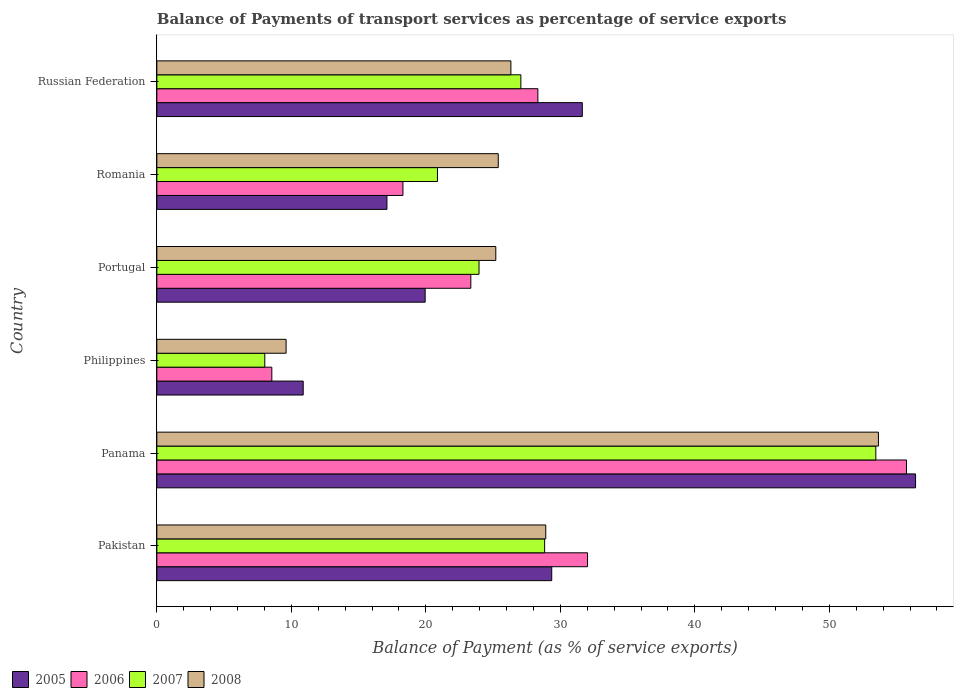
| Country | 2005 | 2006 | 2007 | 2008 |
 | --- | --- | --- | --- | --- |
 | Pakistan | 29.4 | 32 | 28.8 | 28.9 |
 | Panama | 56.4 | 55.7 | 53.5 | 53.6 |
 | Philippines | 10.9 | 8.55 | 8.02 | 9.61 |
 | Portugal | 19.9 | 23.3 | 24 | 25.2 |
 | Romania | 17.1 | 18.3 | 20.9 | 25.4 |
 | Russian Federation | 31.6 | 28.3 | 27.1 | 26.3 |